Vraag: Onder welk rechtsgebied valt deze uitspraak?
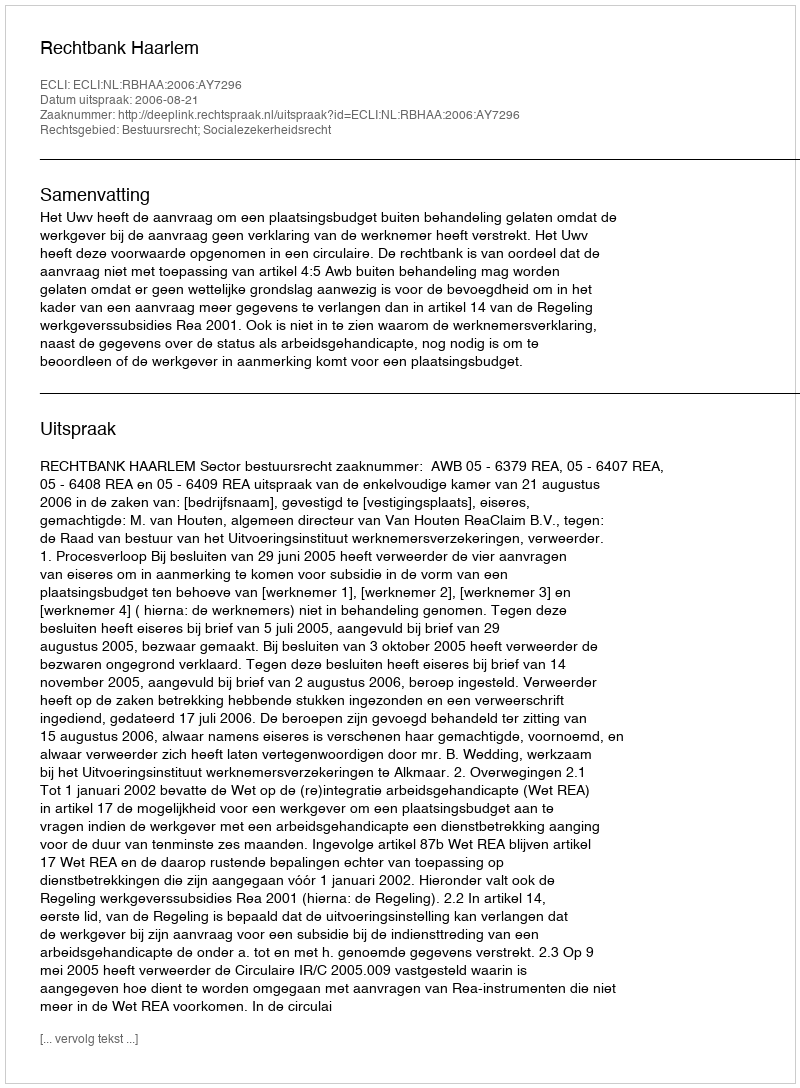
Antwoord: Bestuursrecht; Socialezekerheidsrecht